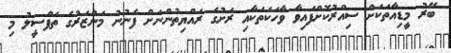
ބޭރު މީޑިއާތަކަށް ސިއްރުކޮށްފައިވާ ވާހަކަތަކާއި ރަށުގެ ރައްޔިތުންނަށް ފެނުނު މަންޒަރުގެ ތަފްސީލު މި